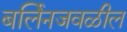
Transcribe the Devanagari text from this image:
बर्लिनजवळील